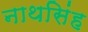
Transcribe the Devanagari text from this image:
नाथसिंह